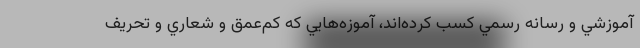
آموزشي و رسانه رسمي كسب كرده‌اند، آموزه‌هايي كه كم‌عمق و شعاري و تحريف